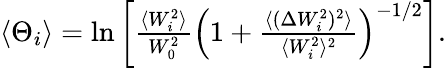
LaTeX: \begin{array}{r}{\langle\Theta_{i}\rangle=\ln\left[\frac{\langle W_{i}^{2}\rangle}{W_{0}^{2}}\left(1+\frac{\langle(\Delta W_{i}^{2})^{2}\rangle}{\langle W_{i}^{2}\rangle^{2}}\right)^{-1/2}\right].}\end{array}